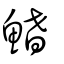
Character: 鰭